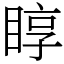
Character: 𥇜